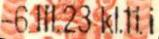
-6.III.23 kl.11. i